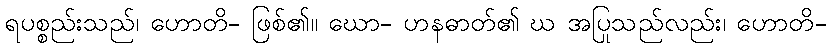
ရပစ္စည်းသည်၊ ဟောတိ- ဖြစ်၏။ ဃော- ဟနဓာတ်၏ ဃ အပြုသည်လည်း၊ ဟောတိ-